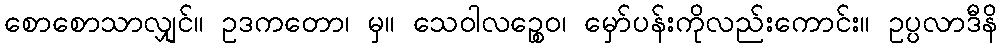
စောစောသာလျှင်။ ဥဒကတော၊ မှ။ သေဝါလဉ္စေဝ၊ မှော်ပန်းကိုလည်းကောင်း။ ဥပ္ပလာဒီနိ